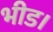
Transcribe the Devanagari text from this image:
भीड।